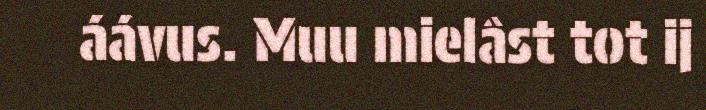
áávus. Muu mielâst tot ij